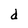
Character: d